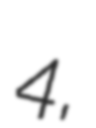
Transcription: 4,